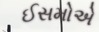
ઈસમોએ